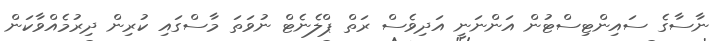
ނާސާގެ ސައިންޓިސްޓުން އަންނަނީ އަދިވެސް ރަތް ޕްލެނެޓް ނުވަތަ މާސްގައި ކުރިން ދިރުމެއްވާކަން